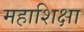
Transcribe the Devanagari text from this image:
महाशिक्षा